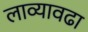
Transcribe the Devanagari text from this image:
लाव्यावढा